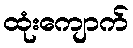
ထုံးကျောက်